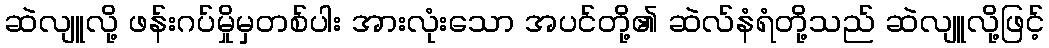
ဆဲလျူလို့ ဖန်းဂပ်မှိုမှတစ်ပါး အားလုံးသော အပင်တို့၏ ဆဲလ်နံရံတို့သည် ဆဲလျူလို့ဖြင့်